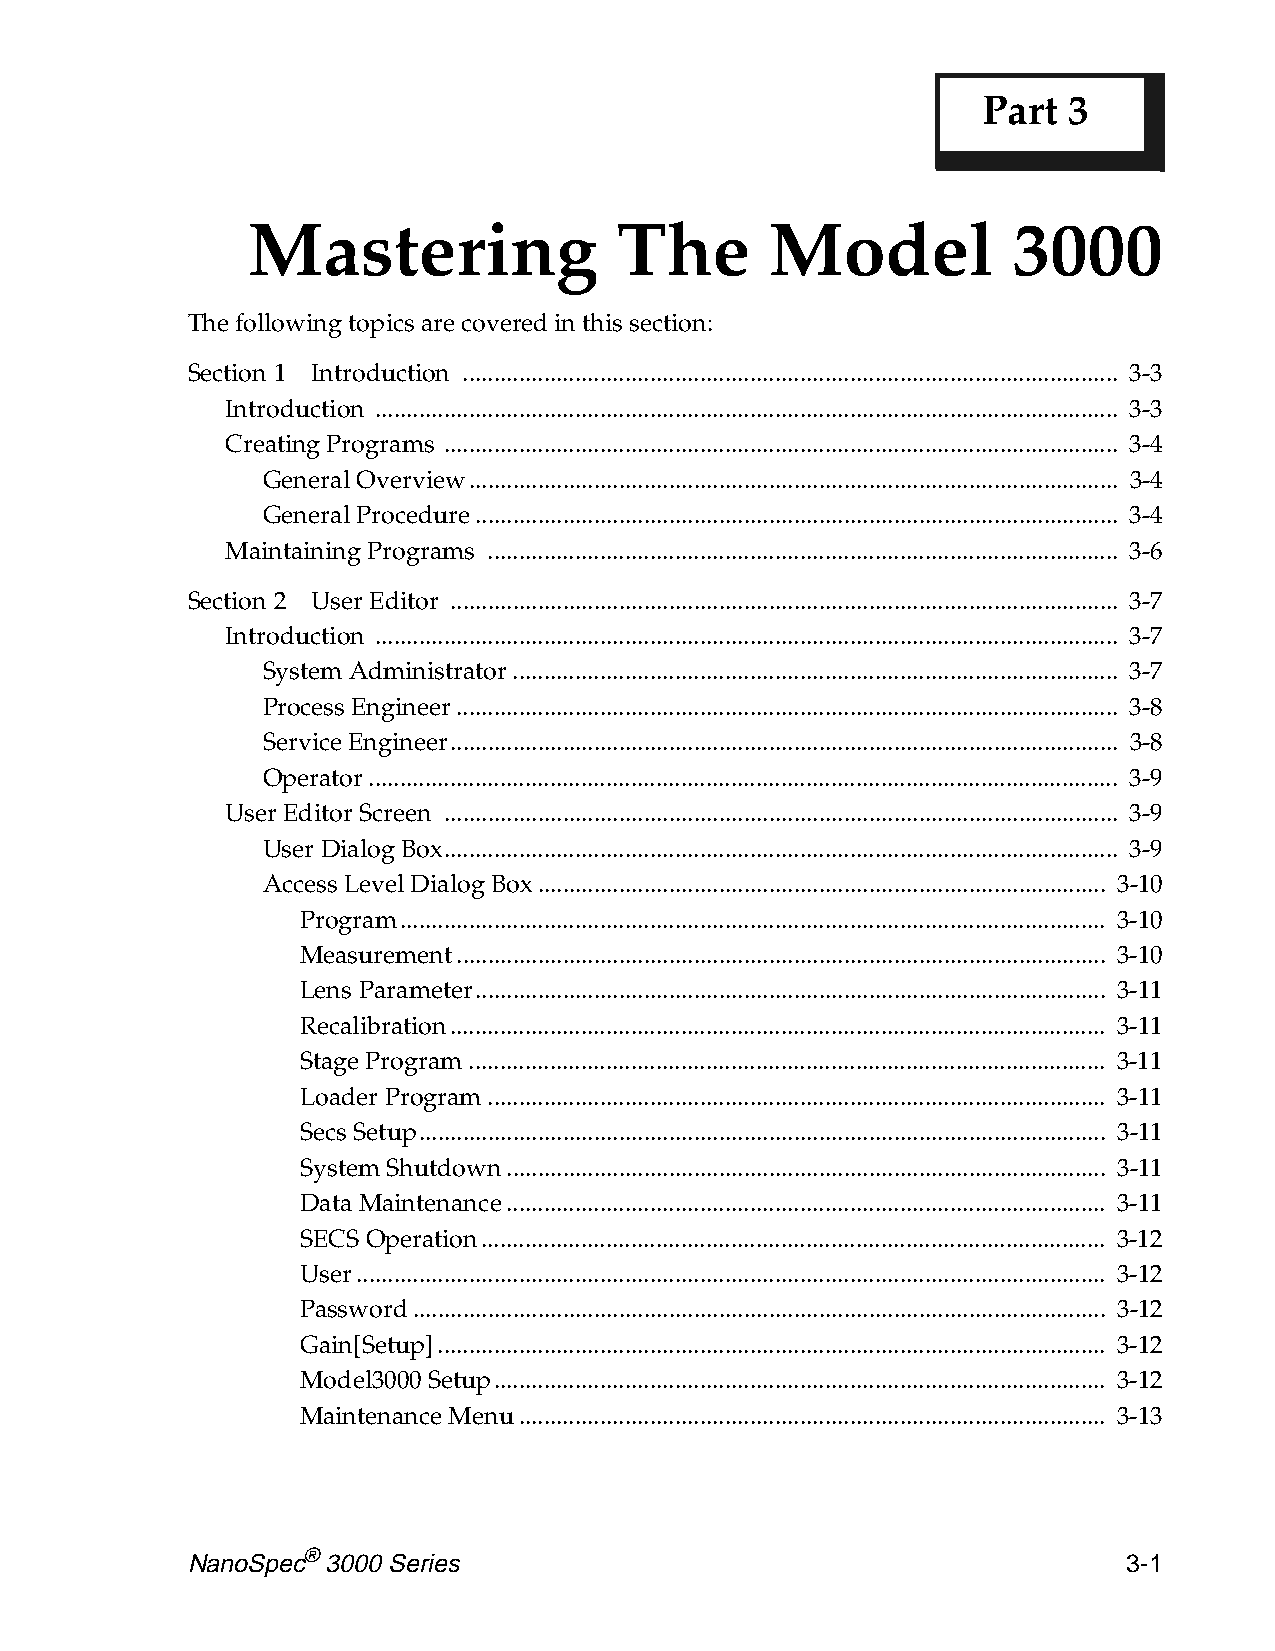
Part  3
 Mastering                The       Model           3000
 The following topics are covered in this section:
 Section 1 Introduction ......................................................................................................... 3-3
 Introduction ....................................................................................................................... 3-3
 Creating Programs ............................................................................................................ 3-4
 General Overview........................................................................................................ 3-4
 General Procedure....................................................................................................... 3-4
 Maintaining Programs ..................................................................................................... 3-6
 Section 2 User Editor ........................................................................................................... 3-7
 Introduction ....................................................................................................................... 3-7
 System Administrator................................................................................................. 3-7
 Process Engineer.......................................................................................................... 3-8
 Service Engineer........................................................................................................... 3-8
 Operator........................................................................................................................ 3-9
 User Editor Screen ............................................................................................................ 3-9
 User Dialog Box............................................................................................................ 3-9
 Access Level Dialog Box........................................................................................... 3-10
 Program................................................................................................................. 3-10
 Measurement........................................................................................................ 3-10
 Lens Parameter..................................................................................................... 3-11
 Recalibration......................................................................................................... 3-11
 Stage Program...................................................................................................... 3-11
 Loader Program................................................................................................... 3-11
 Secs Setup.............................................................................................................. 3-11
 System Shutdown................................................................................................ 3-11
 Data Maintenance................................................................................................ 3-11
 SECS Operation.................................................................................................... 3-12
 User........................................................................................................................ 3-12
 Password............................................................................................................... 3-12
 Gain[Setup]........................................................................................................... 3-12
 Model3000 Setup.................................................................................................. 3-12
 Maintenance Menu.............................................................................................. 3-13
 NanoSpec® 3000 Series                                          3-1